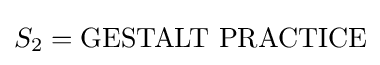
S_{2}={\text{GESTALT PRACTICE}}